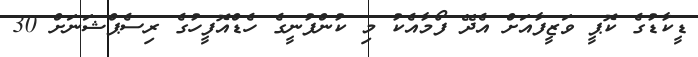
ޑީކާޑުގެ ކޮޕީ ވަޒީފާއަށް އެދޭ ފޯމާއެކު މި ކުންފުނީގެ ހެޑްއޮފީހުގެ ރިސެޕްޝަނަށް 30